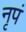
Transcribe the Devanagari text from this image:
नृपं